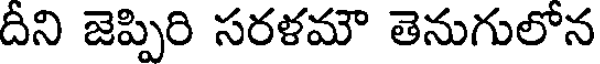
దీని జెప్పిరి సరళమౌ తెనుగులోన